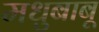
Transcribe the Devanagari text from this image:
मधुबाबू